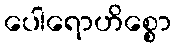
ပေါရောဟိစ္စော